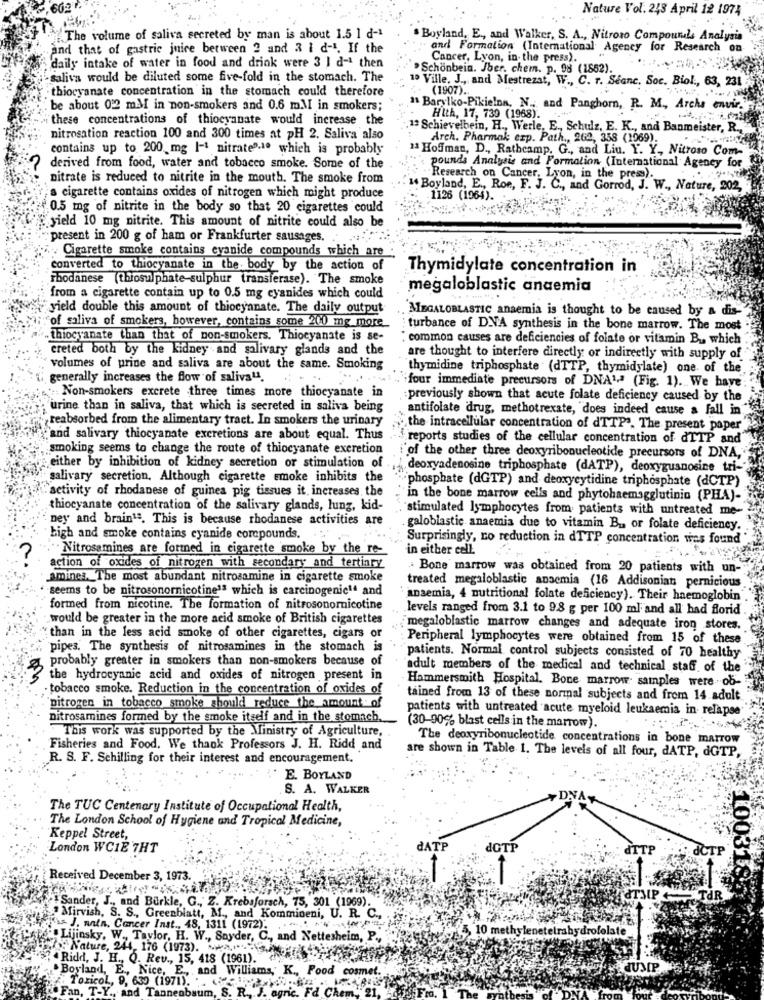
Nature Vol. 248 April 12 1974
The volume of saliva secreted by man is about 1.5 1 d-1
Boyland, E ., and Walker, S. A ., Nitroso Compounds Analysis
and that of gastric juice between 2 and 3 i d-1. If the
and Formation (International Agency for Research on-
Cancer, Lyon, in the press).
daily intake of water in food and drink were 3 1 d-1 then
Schonbein. Jber. chem. p. 98 (1852).
saliva would be diluted some five-fold in the stomach. The
1 Ville, J ., and Mestrezat, W ., C. r. Stane. Soc. Biol ., 63, 231
thiocyanate concentration in the stomach could therefore
(1907).
. be about 0:2 mM in non-smokers and 0.6 m.MI in smokers;
Barylko-Pikielon, N ., and Panghorn, R. M ., Archa envir.
these concentrations of thiocyanate would increase the
HIth, 17, 739 (1968).
1ª Schievelbein, H ., Werle, E ., Schulz, E. K ., and Banmeister, R .,
nitrosation reaction 100 and 300 times at pH 2. Saliva also
Arch. Pharmak crp. Path ., 262, 358 (1969).
contains up to 200 mg 1-1 nitrate ?- to which is probably
13 Hofman, D ., Rathcamp. G ., and Liu. Y. Y, Nitroso Com-
derived from food, water and tobacco smoke. Some of the
pounds Analysis and Formation (International Agency for
nitrate is reduced to nitrite in the mouth. The smoke from
"Research on Cancer, Lyon, in the press)
" Boyland, E ., Roe, F. J. C ., and Gorrod, J. W ., Nature, 202,
a cigarette contains oxides of nitrogen which might produce
1126 (1964).
0.5 mg of nitrite in the body so that 20 cigarettes could
yield 10 mg nitrite. This amount of nitrite could also be
present in 200 g of ham or Frankfurter sausages.
Cigarette smoke contains cyanide compounds which are
converted to thiocyanate in the body by the action of
Thymidylate concentration in
rhodanese (thiosulphate-sulphur transferase). The smoke
megaloblastic anaemia
from a cigarette contain up to 0.5 mg cyanides which could
yield double this amount of thiocyanate. The daily output
MEGALOBLASTIC anaemia is thought to be caused by a dis-
"of saliva of smokers, however, contains some 200 mg more_
turbance of D.NA synthesis in the bone marrow. The most
thiocyanate than that of non-smokers. Thiocyanate is se-
: common causes are deficiencies of folate or vitamin B ., which
creted both by the Kidney and salivary glands and the
are thought to interfere directly or indirectly with supply of
volumes of urine and saliva are about the same. Smoking
thymidine triphosphate (dTTP, thymidylate) one of the.
generally increases the flow of saliva".
. four immediate precursors of DNA1,2 (Fig. 1). We have:
Non-smokers excrete three times more thiocyanate in
previously shown that acute folate deficiency caused by the
urine than in saliva, that which is secreted in saliva being
antifolate drug, methotrexate, does indeed cause a fall in.
reabsorbed from the alimentary tract. In smokers the urinary
the intracellular concentration of dTTP". The present paper
"and salivary thiocyanate excretions are about equal. Thus
reports studies of the cellular concentration of dTTP and'
smoking seems to change the route of thiocyanate excretion
i'of the other three deoxyribonucleotide precursors of DNA, ,
either by inhibition of kidney secretion or stimulation of
deoxyadenosine triphosphate (dATP), deoxyguanosine tri-"
salivary secretion, Although cigarette smoke inhibits the
-phosphate (dGTP) and deoxycytidine triphosphate (dCTP)
"activity of rhodanese of guinea pig tissues it increases, the
in the bone marrow cells and phytohaemagglutinin (PHA)-
thiocyanate concentration of the salivary glands, lung, kid-
stimulated lymphocytes from patients with untreated me-
ney and brain1ª. This is because rhodanese activities are
galoblastic anaemia due to vitamin B ., or folate deficiency.
high and smoke contains cyanide corepounds. . ''
Surprisingly, ro reduction in dTTP concentration was found
Nitrosamines are formed in cigarette smoke by the re-
in either cell.
action of oxides of nitrogen with secondary and tertiary
Bone marrow was obtained from 20 patients with un-
amines. The most abundant nitrosamine in cigarette smoke
seems to be nitrosonornicotine13 which is carcinogenic14 and
treated megaloblastic anaemia (16 Addisoniat pernicious
anaemia, 4 nutritional folate deficiency). Their haemoglobin
formed from nicotine. The formation of nitrosonornicotine
levels ranged from 3.1 to 98 g per 100 ml and all had florid.
would be greater in the more acid smoke of British cigarettes
megaloblastic marrow changes and adequate iron stores.
"than in the less acid smoke of other cigarettes, cigars or
Peripheral lymphocytes were obtained from 15 of these
pipes. The synthesis of nitrosamines in the stomach is
probably greater in smokers than non-smokers because of
patients. Normal control subjects consisted of 70 healthy
3
adult members of the medical and technical staff of the
the hydrocyanic acid and oxides of nitrogen present in
Hammersmith Hospital. Bone marrow samples were ob-
- tobacco smoke. Reduction in the concentration of oxides of
tained from 13 of these normal subjects and from 14 adult
nitrogen in tobacco smoke should reduce the amount of
patients with untreated acute myeloid leukaemia in- relapse
nitrosamines formed by the smoke itself and in the stomach.
This work was supported by the Ministry of Agriculture,
(30-90% blast cells in the marrow).
The deoxyribonucleotide concentrations in bone marrow
Fisheries and Food, We thank Professors J. H. Ridd and
are shown in Table 1. The levels of all four, dATP, dGTP,
R. S. F. Schilling for their interest and encouragement.
" E. BOYLAND
S. A. WALKER
The TUC Centenary Institute of Occupational Health,
The London School of Hygiene and Tropical Medicine,
Keppel Street,
London WCIE 7HT
dATI
dGT
Received December 3, 1973.
1003185
Sander, J ., and Burkle, G ., Z. Krebsforsch, 75, 301 (1969).
TMP+
TAR
Mirvish, S. S ., Greenblatt, M ., and Kommioeni, U. R. C .,
afss J. nain. Cancer Inst ., 48, 1311 (1972).
10 methylenetetrahydrofolate
Lijinsky, W ., Taylor, H. W ., Snyder, C ., and Nettesheim, P .,
W .: Nature, 244, 176 (1973). * 2,1''
Ridd, J. H ., Q. Rev ., 15, 418 (1961).
.Boyland, E ., Nice, E .,
. and Williams, K ., Food cosmet.
JUMP
9, 639 (1971).